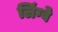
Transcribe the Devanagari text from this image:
लिंग्वे